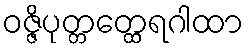
ဝဇ္ဇိပုတ္တတ္ထေရဂါထာ